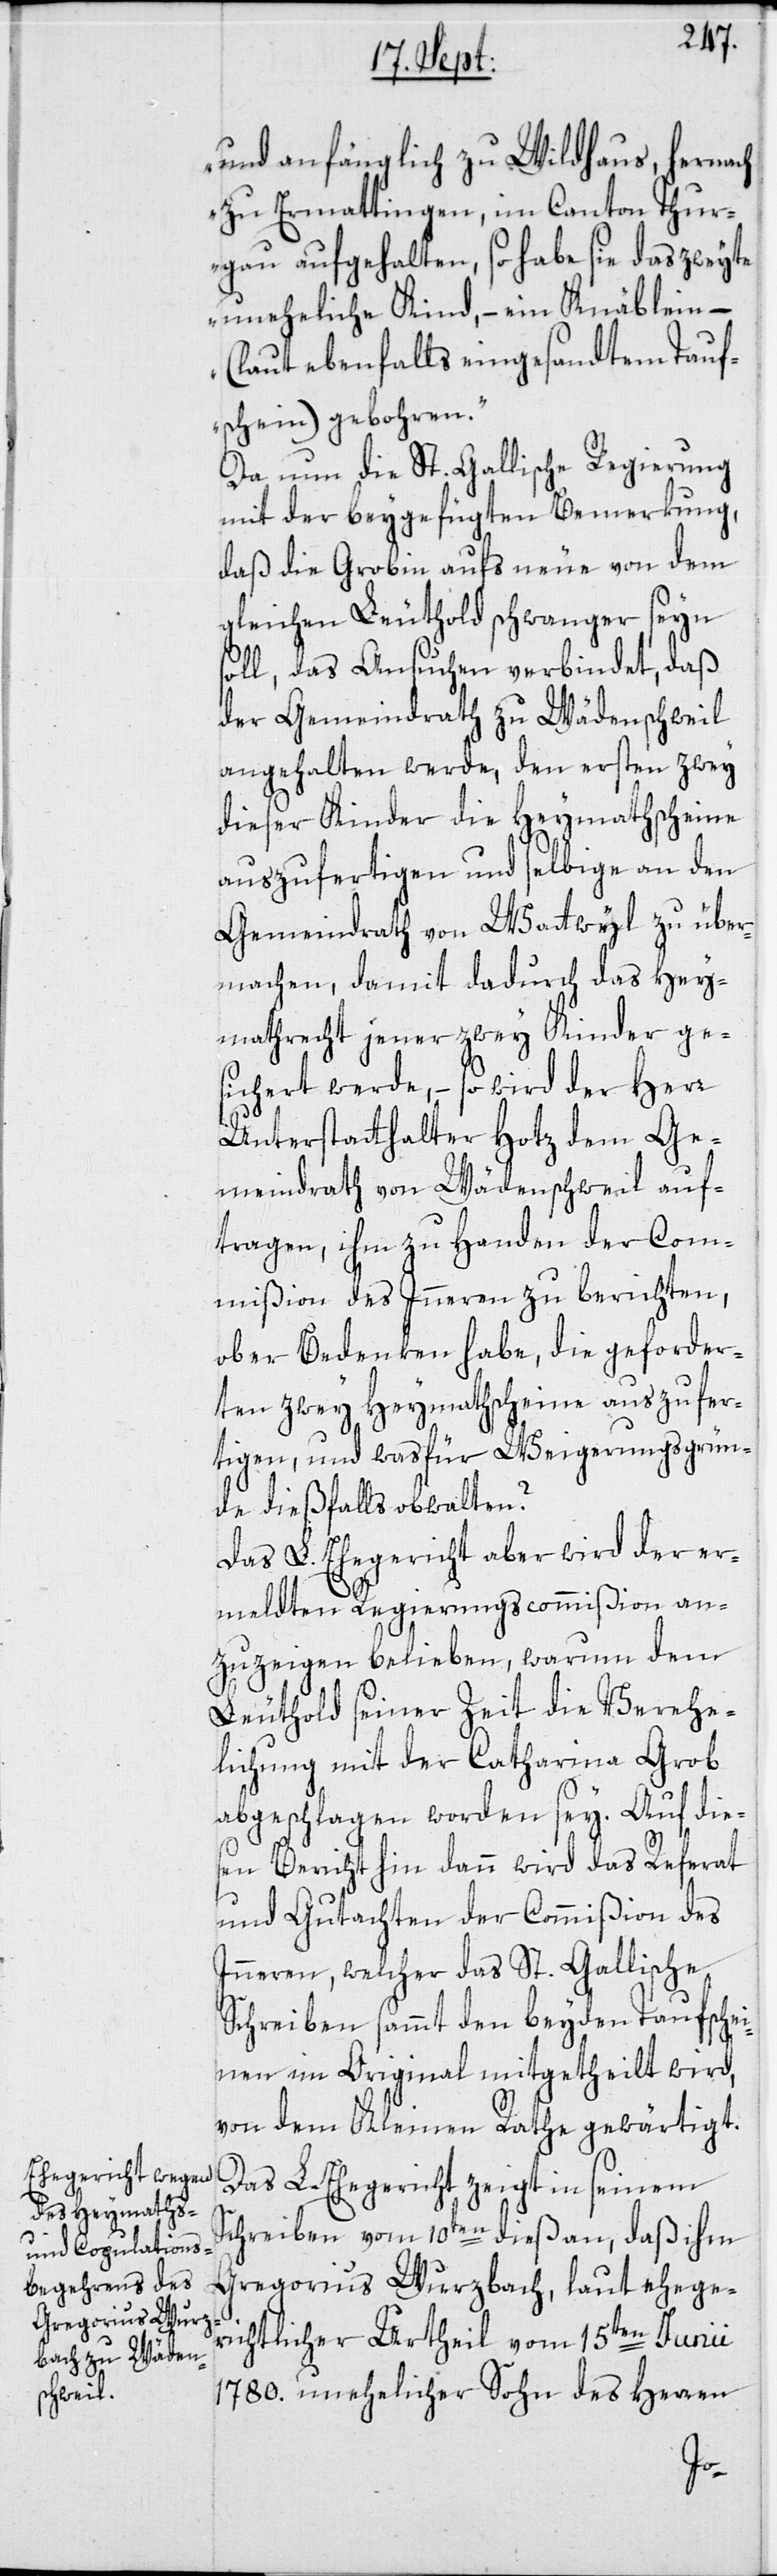
und anfänglich zu Wildhaus, hernach
zu Ermattingen im Canton Thur¬
gau aufgehalten, so habe sie das zweyte
uneheliche Kind, – ein Knäblein –
(laut ebenfalls eingesandtem Tauf¬
schein) gebohren.“
Da nun die St. Gallische Regierung
mit der beygefügten Bemerkung,
daß die Grobin aufs neue von dem
gleichen Leuthold schwanger seyn
soll, das Ansuchen verbindet, daß
der Gemeindrath zu Wädenschweil
angehalten werde, den ersten zwey
dieser Kinder die Heymathscheine
auszufertigen und selbige an den
Gemeindrath von Wattwyl zu über¬
machen, damit dadurch das Hey¬
mathrecht jener zwey Kinder ge¬
sichert werde, – so wird der Herr
Unterstatthalter Hotz dem Ge¬
meindrath von Wädenschweil auf¬
tragen, ihm zu Handen der Com¬
mißion des Inneren zu berichten,
ob er Bedenken habe, die geforder¬
ten zwey Heymathscheine auszufer¬
tigen, und wasfür Weigerungsgrün¬
de dießfalls obwalten?
Das L. Ehegericht aber wird der er¬
meldten Regierungscommißion an¬
zuzeigen belieben, warum dem
Leuthold seiner Zeit die Verehe¬
lichung mit der Catharina Grob
abgeschlagen worden sey. Auf die¬
sen Bericht hin dann wird das Referat
und Gutachten der Commißion des
Inneren, welcher das St. Gallische
Schreiben sammt den beyden Taufsche¬
inen im Original mitgetheilt wird,
von dem Kleinen Rathe gewärtigt.
Das L. Ehegericht zeigt in seinem
Schreiben vom 10ten dieß an, daß ihm
Gregorius Wurzbach, laut ehege¬
richtlicher Urtheil vom 15ten Junii
1780. unehelicher Sohn des Herren